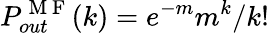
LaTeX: P_{out}^{\mathrm{~M~F~}}(k)=e^{-m}m^{k}/k!